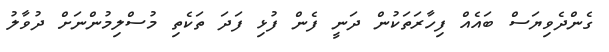
ގެންދެވިޔަސް ބައެއް ފިހާރަތަކުން ދަނީ ފެން ފުޅި ފަދަ ތަކެތި މުސްލިމުންނަށް ދުވާލު